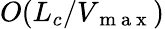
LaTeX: O(L_{c}/V_{\mathrm{~m~a~x~}})